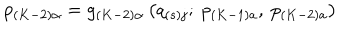
LaTeX: p _ { \left( K - 2 \right) \alpha } = g _ { \left( K - 2 \right) \alpha } \left( q _ { \left( s \right) j } ; \ p _ { \left( K - 1 \right) a } , \ p _ { \left( K - 2 \right) a } \right)